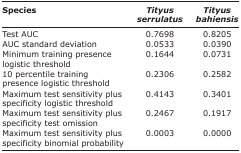
<table><thead><tr><td><b>Species</b></td><td><b><i>Tityus serrulatus</i></b></td><td><b><i>Tityus bahiensis</i></b></td></tr></thead><tbody><tr><td>Test AUC</td><td>0.7698</td><td>0.8205</td></tr><tr><td>AUC standard deviation</td><td>0.0533</td><td>0.0390</td></tr><tr><td>Minimum training presence logistic threshold</td><td>0.1644</td><td>0.0731</td></tr><tr><td>10 percentile training presence logistic threshold</td><td>0.2306</td><td>0.2582</td></tr><tr><td>Maximum test sensitivity plus specificity logistic threshold</td><td>0.4143</td><td>0.3401</td></tr><tr><td>Maximum test sensitivity plus specificity test omission</td><td>0.2467</td><td>0.1917</td></tr><tr><td>Maximum test sensitivity plus specificity binomial probability</td><td>0.0003</td><td>0.0000</td></tr></tbody></table>